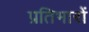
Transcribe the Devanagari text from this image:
प्रतिभारों